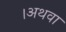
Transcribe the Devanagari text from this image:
।अथवा